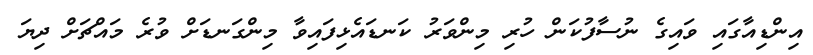
އިންޑިއާގައި ވައިގެ ނުސާފުކަން ހުރި މިންވަރު ކަނޑައެޅިފައިވާ މިންގަނޑަށް ވުރެ މައްޗަށް ދިޔަ